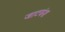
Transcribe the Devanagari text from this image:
जाटवंश